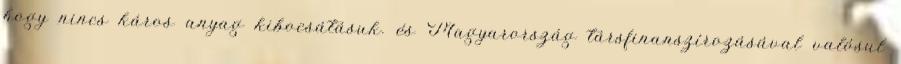
hogy nincs káros anyag kibocsátásuk. és Magyarország társfinanszírozásával valósul